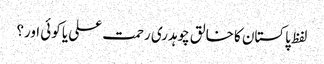
لفظ پاکستان کا خالق چوہدری رحمت علی یا کوئی اور؟